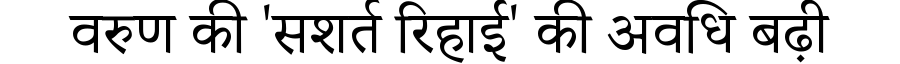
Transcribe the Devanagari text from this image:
वरुण की 'सशर्त रिहाई' की अवधि बढ़ी